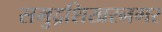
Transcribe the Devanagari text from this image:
समुद्रशिखरनगर